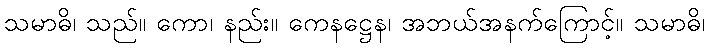
သမာဓိ၊ သည်။ ကော၊ နည်း။ ကေနဋ္ဌေန၊ အဘယ်အနက်ကြောင့်။ သမာဓိ၊